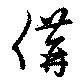
傋